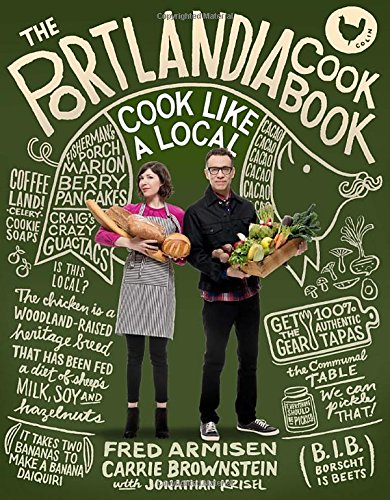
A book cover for The Portlandia Cookbook: Cook Like a Local; Fred Armisen; Humor & Entertainment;